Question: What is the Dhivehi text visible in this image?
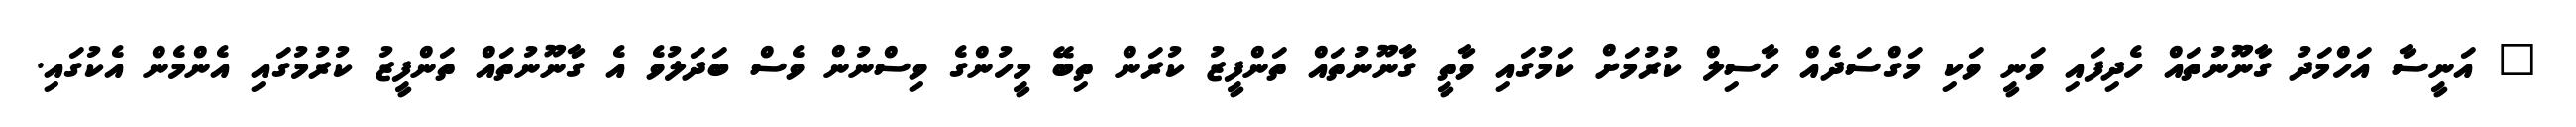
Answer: " އަނީސާ އަހްމަދު ގާނޫނުތައް ހެދިފައި ވަނީ ވަކި މަގްސަދެއް ހާސިލް ކުރުމަށް ކަމުގައި ވާތީ ގާނޫނުތައް ތަންފީޒު ކުރަން ތިބޭ މީހުންގެ ވިސްނުން ވެސް ބަދަލުވެ އެ ގާނޫނުތައް ތަންފީޒު ކުރުމުގައި އެންމެން އެކުގައި.